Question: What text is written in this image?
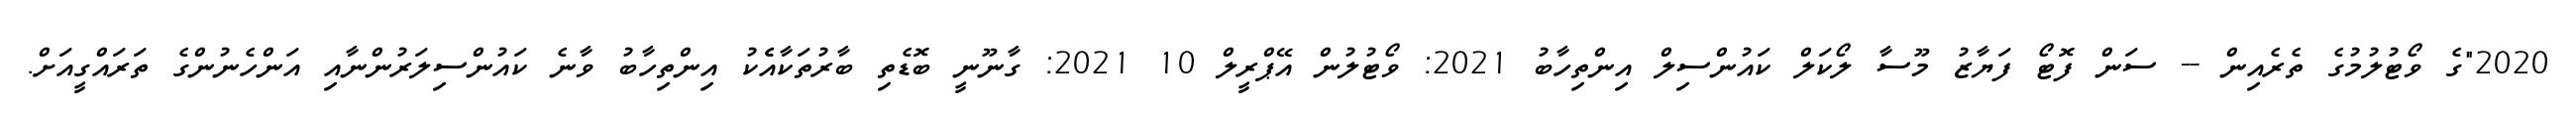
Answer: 2020"ގެ ވޯޓުލުމުގެ ތެރެއިން -- ސަން ފޮޓޯ ފަޔާޒު މޫސާ ލޯކަލް ކައުންސިލް އިންތިހާބު 2021: ވޯޓުލުން އޭޕްރީލް 10 2021: ގާނޫނީ ބޮޑެތި ބާރުތަކާއެެކު އިންތިހާބު ވާނެ ކައުންސިލަރުންނާއި އަންހެނުންގެ ތަރައްގީއަށް.